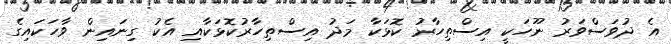
އެ ދުވަސްވަރު ނޫހަކީ އިސްތިހާރު ކޮޅަކާ މަދު އިސްތިހާރުކޮޅަކާއި އެކު ގިނައިން ވާހަކައިގެ